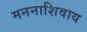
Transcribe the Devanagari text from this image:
मननाशिवाय